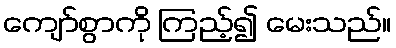
ကျော်စွာကို ကြည့်၍ မေးသည်။